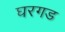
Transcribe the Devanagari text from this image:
घरगड